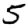
Digit: 5